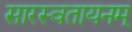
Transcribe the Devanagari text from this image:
सारस्वतायनम्